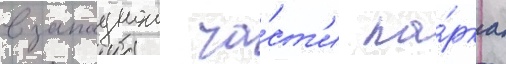
в западнои ча́ст'и па́рка